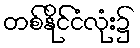
တစ်နိုင်ငံလုံး၌